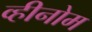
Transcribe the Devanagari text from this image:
व्हीनोम